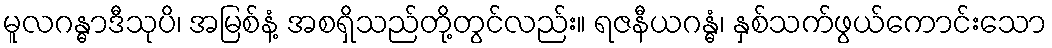
မူလဂန္ဓာဒီသုပိ၊ အမြစ်နံ့ အစရှိသည်တို့တွင်လည်း။ ရဇနီယဂန္ဓံ၊ နှစ်သက်ဖွယ်ကောင်းသော